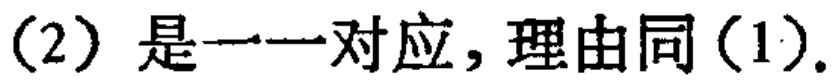
（2）是一一对应，理由同（1）.